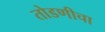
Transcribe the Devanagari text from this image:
तोडणीचा